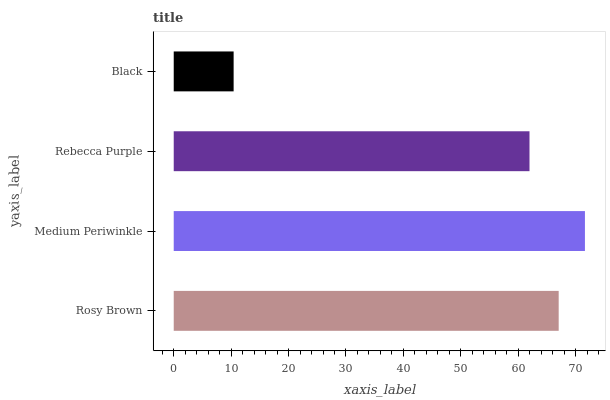
| yaxis_label | bars |
 | --- | --- |
 | Rosy Brown | 67 |
 | Medium Periwinkle | 71.6 |
 | Rebecca Purple | 62 |
 | Black | 10.4 |